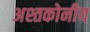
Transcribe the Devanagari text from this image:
अश्तकोनीय